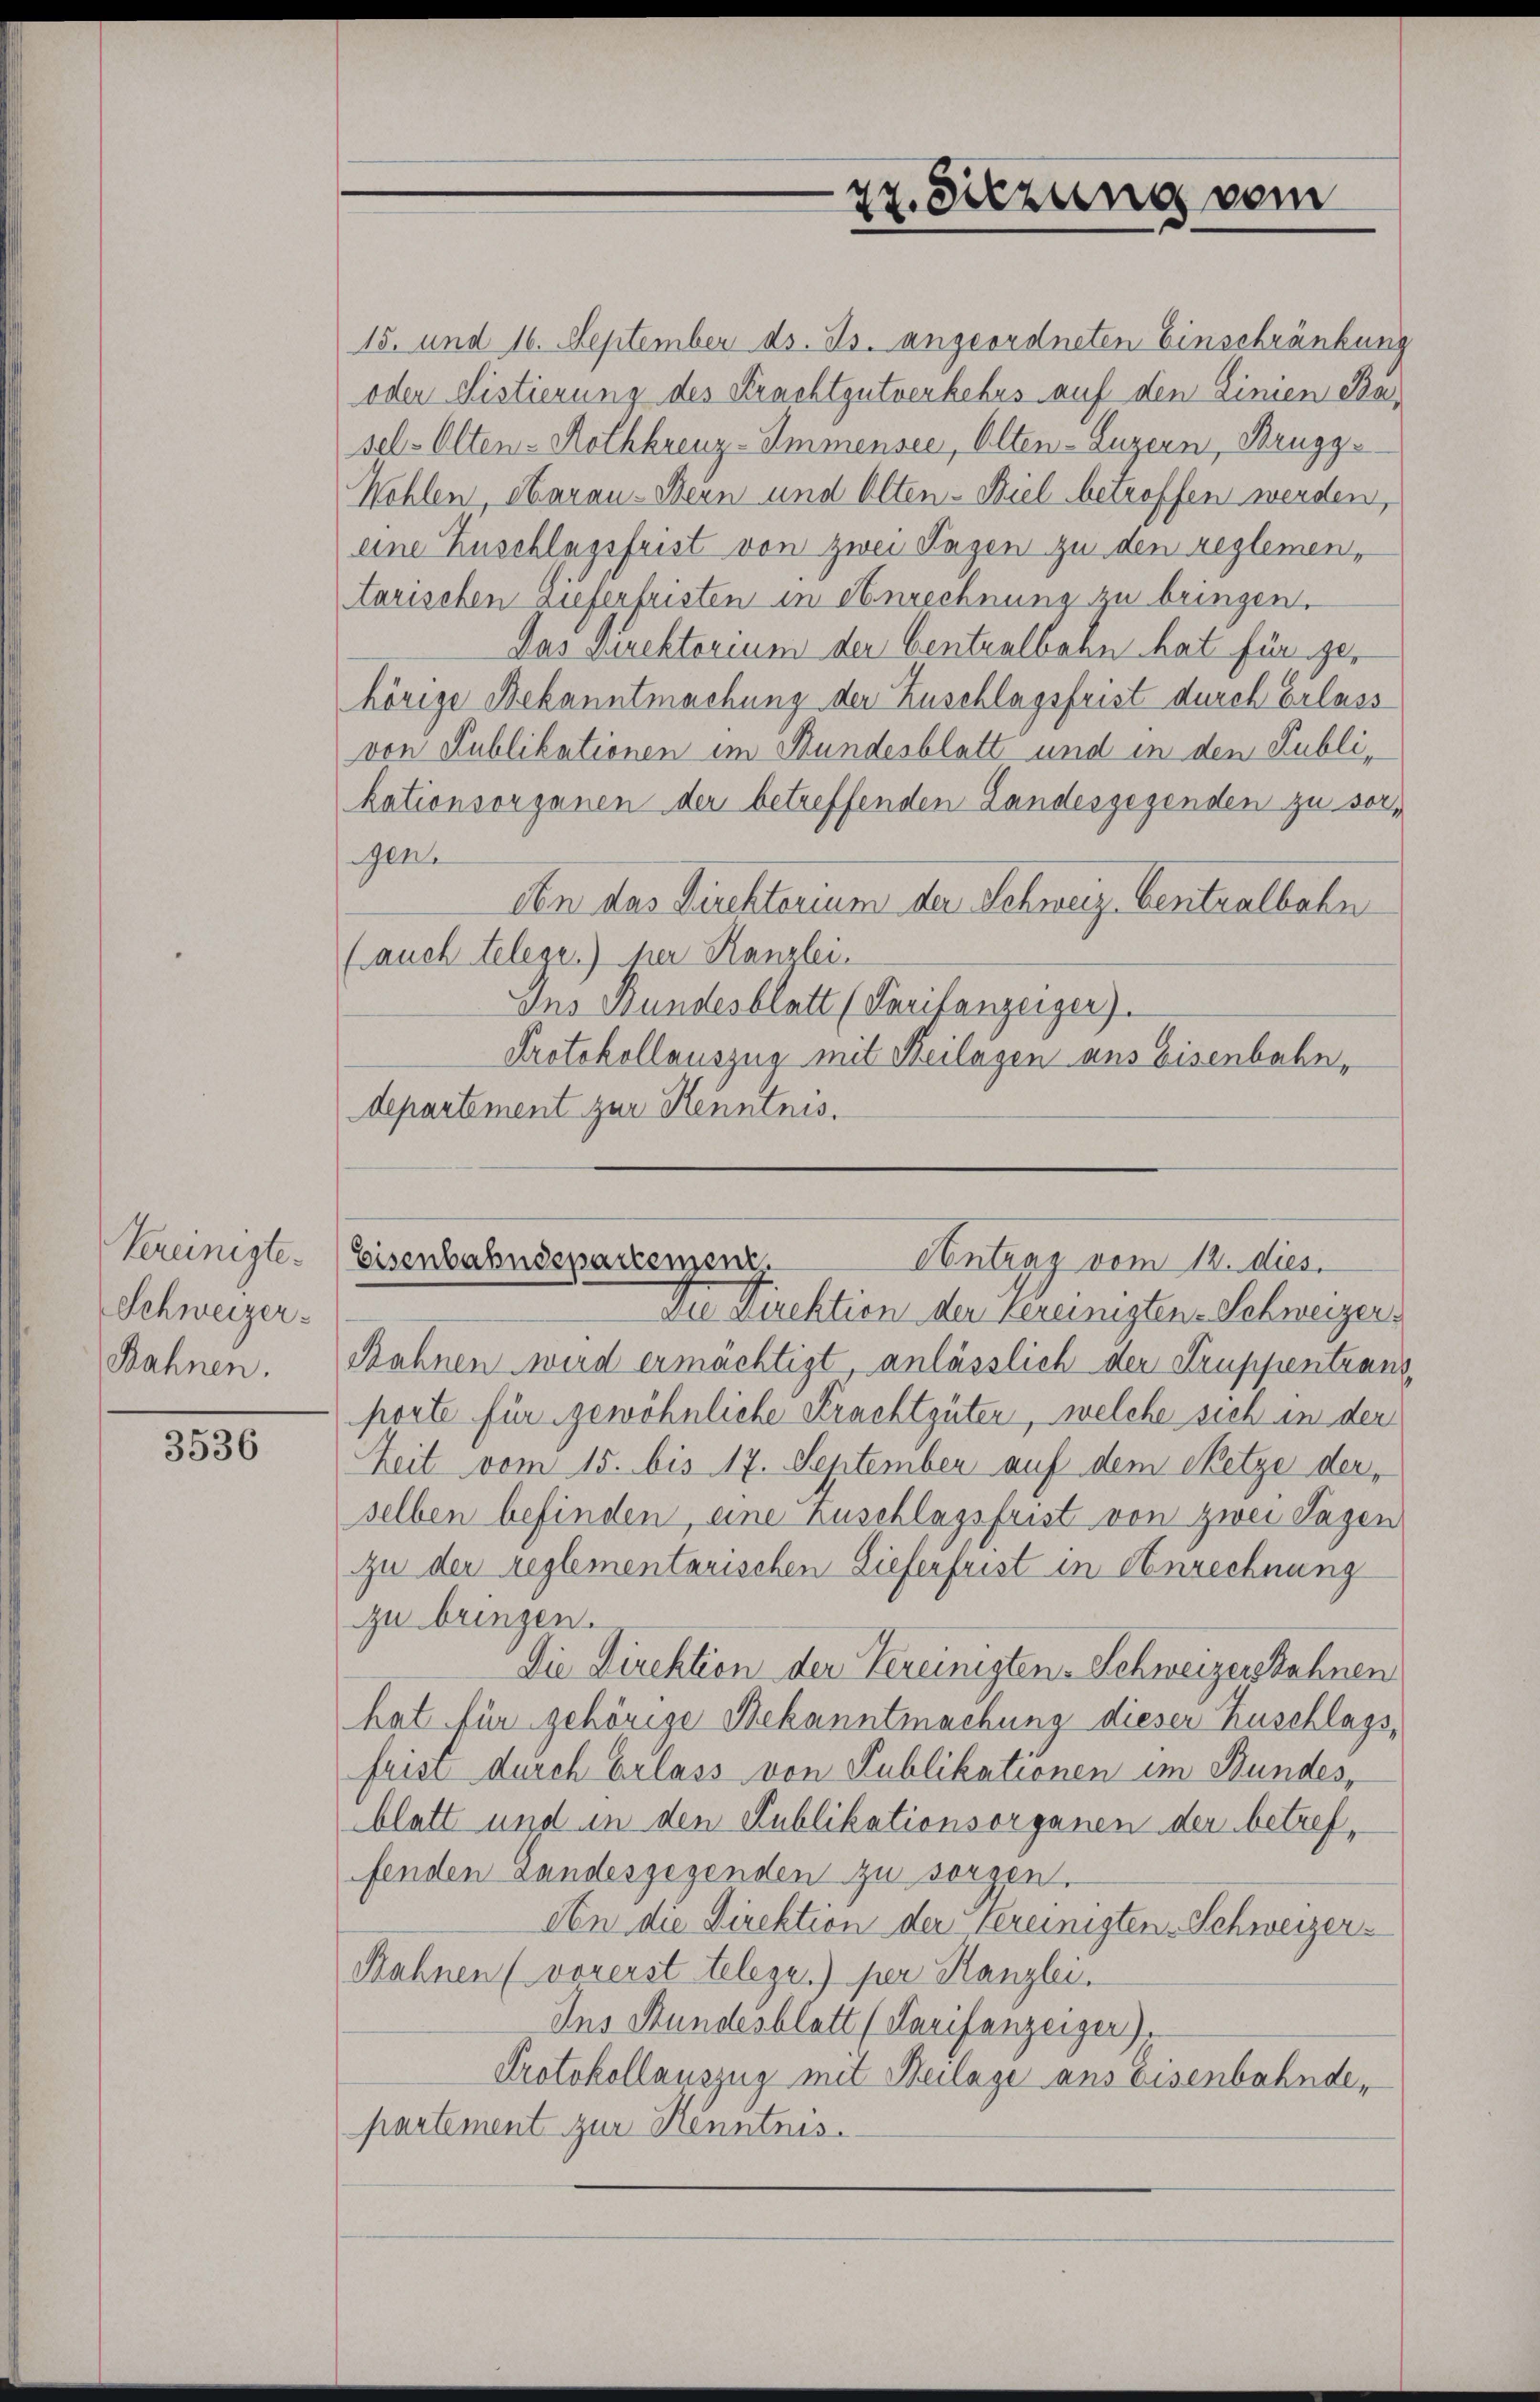
Vereinigte.
Schweizer¬
Rahnen.

3536

15. und 16. September ds. Js. angeordneten Einschränkung
oder Sistierung des Krachtgutverbebus auf den Linien Basel: Olten-Rothkreuz-Immensee, Olten-Luzern, Brugg
Wehlen, Aarau-Bein und Alten-Biel betroffen werden,
eine Zuschlagsfrist von zwei Sagen zu den reglemen,
tarischen auferfristen in Anrechnung zu bringen.
Das Direktorium der Centralbahn hat für ger
hörige Bekanntmachung der Zuschlagsfrist durch Erlass
von Publikationen im Bundesblatt und in den Publi-
kationsorganen der betreffenden Landesgegenden zu sorgen.
den das Direktorium der Schweiz. Centralbahn
(auch telege.) her Kanzlei.
Ins Bundesblatt (Tarifanzeiger).
Protokollauszug mit Beilagen aus Eisenbahndepartement zur Kenntnis.

27. Sitzung vom

Centrag vom 12. dies
Eisenbahndepartement.

Du Direktion der vereinigten Schweizer¬
Rahnen wird ermächtigt anlässlich der Truppentrans
porte für gewöhnliche Krachtgüter, welche sich in der
Zeit vom 15. bis 17. September auf dem Netze derselben befinden, eine Zuschlagsfrist von zwei Sagen
zu der reglementarischen Lieferfrist in Anrechnung
zu bringen.
Die Direktion der Vereinigten Schweizerskahnen
hat für gehörige Bekanntmachung dieser Zuschlagsfrist durch Erlass von Publikationen im Bundes,
blatt und in den Publikationsorganen der betreffenden Landesgegenden zu sorgen.
An die Direktion der Vereinigten Schweizer¬
Rahnen (vorerst teleger) per Kanzlei.
Ins Stundesblatt (Tarifenzeiger).
Protokollauszug mit Heilage aus Eisenbahnde,
partement zur Kenntnis.